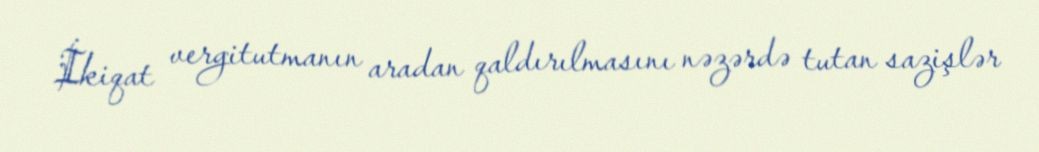
İkiqat vergitutmanın aradan qaldırılmasını nəzərdə tutan sazişlər